Civil Veterinary Dept. North-West Frontier Province 1923-32 - 1923-1932
Year: 1923
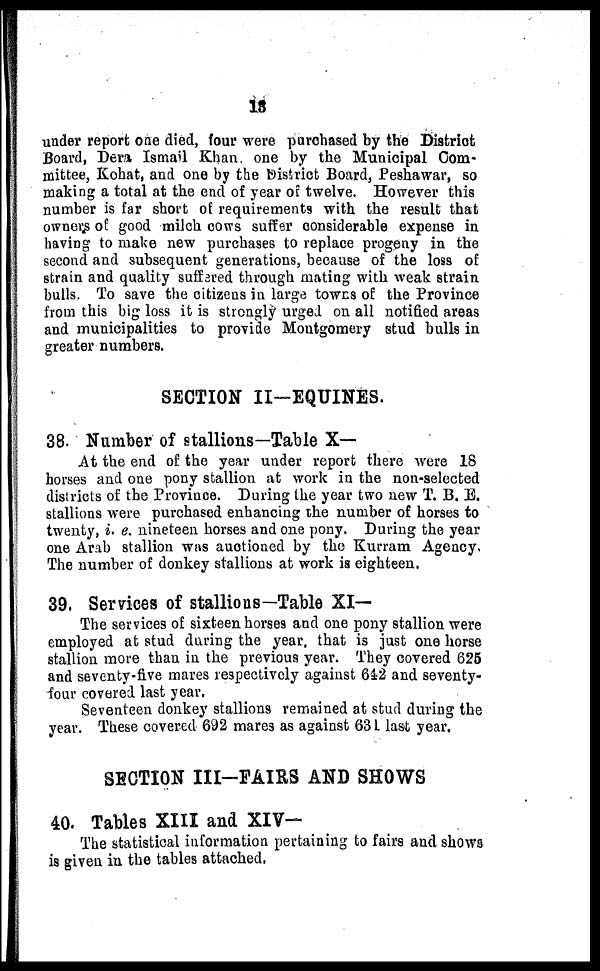
13
under report one died, four were purchased by the District
Board, Dera Ismail Khan one by the Municipal Com-
mittee, Kohat, and one by the District Board, Peshawar, so
making a total at the end of year of twelve. However this
number is far short of requirements with the result that
owners of good milch cows suffer considerable expense in
having to make new purchases to replace progeny in the
second and subsequent generations, because of the loss of
strain and quality suffered through mating with weak strain
bulls. To save the citizens in large towns of the Province
from this big loss it is strongly urged on all notified areas
and municipalities to provide Montgomery stud bulls in
greater numbers.
SECTION II-EQUINES.
38. Number of stallions—Table X—
At the end of the year under report there were 18
horses and one pony stallion at work in the non-selected
districts of the Province. During the year two new T. B. E.
stallions were purchased enhancing the number of horses to
twenty, i. e. nineteen horses and one pony. During the year
one Arab stallion was auctioned by the Kurram Agency.
The number of donkey stallions at work is eighteen.
39. Services of stallions—Table XI—
The services of sixteen horses and one pony stallion were
employed at stud during the year, that is just one horse
stallion more than in the previous year. They covered 625
and seventy-five mares respectively against 642 and seventy-
four covered last year.
Seventeen donkey stallions remained at stud during the
year. These covered 692 mares as against 631 last year.
SECTION III-FAIRS AND SHOWS
40. Tables XIII and XIV—
The statistical information pertaining to fairs and shows
is given in the tables attached,